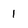
Character: 1